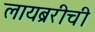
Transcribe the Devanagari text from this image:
लायब्ररीची